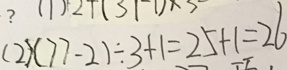
( 2 ) ( 7 7 - 2 ) \div 3 + 1 = 2 5 + 1 = 2 6